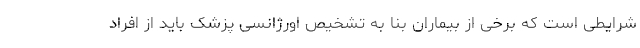
شرایطی است که برخی از بیماران بنا به تشخیص اورژانسی پزشک باید از افراد